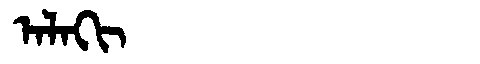
Manchu: ᠠᠯᠠᡴᡳ
Romanization: ALAKI